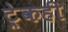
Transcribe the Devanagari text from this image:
ट्रेकही